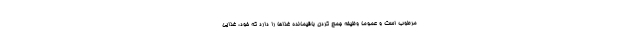
مرطوب است و عموما وظیفه جمع کردن باقیمانده غذاها را دارد که خود، غذایی